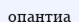
опантиа